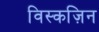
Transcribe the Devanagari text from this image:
विस्कज़िन